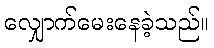
လျှောက်မေးနေခဲ့သည်။